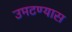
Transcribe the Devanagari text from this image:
उमटण्यास